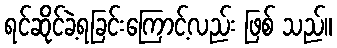
ရင်ဆိုင်ခဲ့ရခြင်းကြောင့်လည်း ဖြစ် သည်။